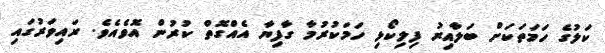
ކަލުގެ ހަމަތަކަށް ބަލާއިރު ފިލިކޯޅި ހަމަކުރުމާ ގާފިޔާ އެއްގޮތް ކުރުން އޮވެއެވެ. ރައިވަރުގައި